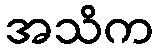
အသိက